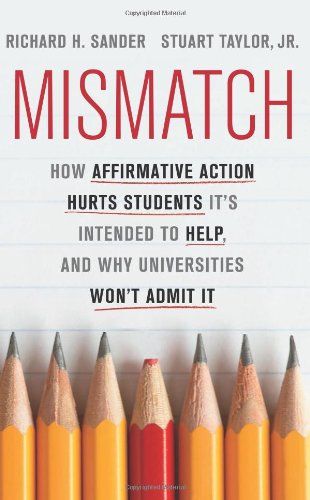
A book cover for Mismatch: How Affirmative Action Hurts Students ItEEs Intended to Help, and Why Universities WonEEt Admit It; Richard Sander; Law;